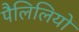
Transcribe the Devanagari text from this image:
पैलिलियों